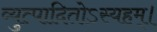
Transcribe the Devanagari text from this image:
व्युत्पादितोऽस्यहम्‌।